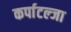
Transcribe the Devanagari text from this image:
कर्पाटल्जा